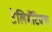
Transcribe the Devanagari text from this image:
टेलिमॅटिक्स